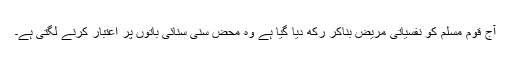
آج قومِ مسلم کو نفسیاتی مریض بناکر رکھ دیا گیا ہے وہ محض سنی سنائی باتوں پر اعتبار کرنے لگتی ہے۔